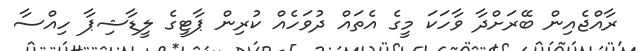
ރާއްޖެއިން ބޭރަށްދާ ވާހަކަ މީގެ އެތައް ދުވަހެއް ކުރިން ޕާޓީގެ ލީޑާޝިޕާ ހިއްސާ